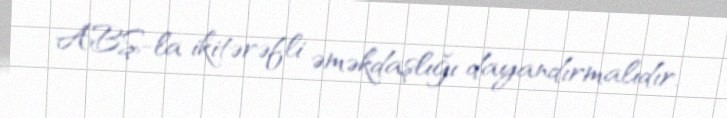
ABŞ-la ikitərəfli əməkdaşlığı dayandırmalıdır.